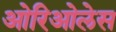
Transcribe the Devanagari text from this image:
ओरिओलेस